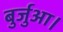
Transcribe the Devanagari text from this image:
बुर्जुआ।